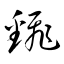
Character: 飜